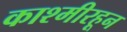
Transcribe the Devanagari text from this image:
काश्मीरहून